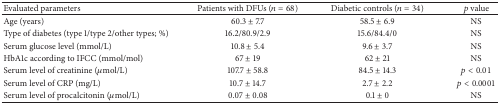
<table><thead><tr><td><b>Evaluated parameters </b></td><td><b>Patients with DFUs (<i>n</i> = 68)</b></td><td><b>Diabetic controls (<i>n</i> = 34)</b></td><td><b><i>p</i> value</b></td></tr></thead><tbody><tr><td>Age (years)</td><td>60.3 ± 7.7</td><td>58.5 ± 6.9</td><td>NS</td></tr><tr><td>Type of diabetes (type 1/type 2/other types; %)</td><td>16.2/80.9/2.9</td><td>15.6/84.4/0</td><td>NS</td></tr><tr><td>Serum glucose level (mmol/L)</td><td>10.8 ± 5.4</td><td>9.6 ± 3.7</td><td>NS</td></tr><tr><td>HbA1c according to IFCC (mmol/mol)</td><td>67 ± 19</td><td>62 ± 21</td><td>NS</td></tr><tr><td>Serum level of creatinine (<i>μ</i>mol/L)</td><td>107.7 ± 58.8</td><td>84.5 ± 14.3</td><td><i>p</i> &lt; 0.01</td></tr><tr><td>Serum level of CRP (mg/L)</td><td>10.7 ± 14.7</td><td>2.7 ± 2.2</td><td><i>p</i> &lt; 0.0001</td></tr><tr><td>Serum level of procalcitonin (<i>μ</i>mol/L)</td><td>0.07 ± 0.08</td><td>0.1 ± 0</td><td>NS</td></tr></tbody></table>